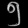
Digit: ၅